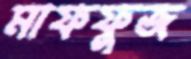
মাফফুজ